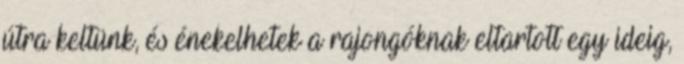
útra keltünk, és énekelhetek a rajongóknak eltartott egy ideig,